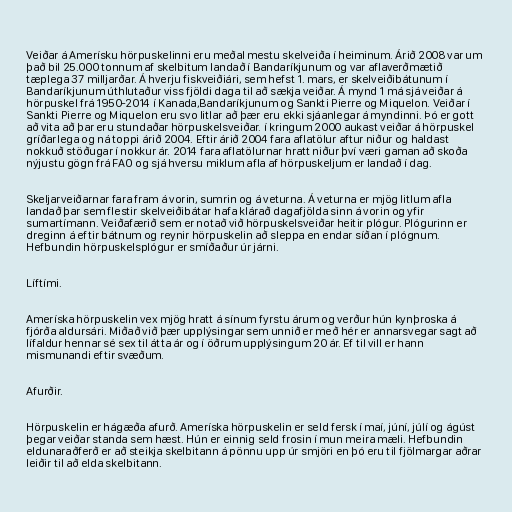
Veiðar á Amerísku hörpuskelinni eru meðal mestu skelveiða í heiminum. Árið 2008 var um
það bil 25.000 tonnum af skelbitum landað í Bandaríkjunum og var aflaverðmætið
tæplega 37 milljarðar. Á hverju fiskveiðiári, sem hefst 1. mars, er skelveiðibátunum í
Bandaríkjunum úthlutaður viss fjöldi daga til að sækja veiðar. Á mynd 1 má sjá veiðar á
hörpuskel frá 1950-2014 í Kanada,Bandaríkjunum og Sankti Pierre og Miquelon. Veiðar í
Sankti Pierre og Miquelon eru svo litlar að þær eru ekki sjáanlegar á myndinni. Þó er gott
að vita að þar eru stundaðar hörpuskelsveiðar. í kringum 2000 aukast veiðar á hörpuskel
gríðarlega og ná toppi árið 2004. Eftir árið 2004 fara aflatölur aftur niður og haldast
nokkuð stöðugar í nokkur ár. 2014 fara aflatölurnar hratt niður því væri gaman að skoða
nýjustu gögn frá FAO og sjá hversu miklum afla af hörpuskeljum er landað í dag.

Skeljarveiðarnar fara fram á vorin, sumrin og á veturna. Á veturna er mjög litlum afla
landað þar sem flestir skelveiðibátar hafa klárað dagafjölda sinn á vorin og yfir
sumartímann. Veiðafærið sem er notað við hörpuskelsveiðar heitir plógur. Plógurinn er
dreginn á eftir bátnum og reynir hörpuskelin að sleppa en endar síðan í plógnum.
Hefbundin hörpuskelsplógur er smíðaður úr járni.

Líftími.

Ameríska hörpuskelin vex mjög hratt á sínum fyrstu árum og verður hún kynþroska á
fjórða aldursári. Miðað við þær upplýsingar sem unnið er með hér er annarsvegar sagt að
lífaldur hennar sé sex til átta ár og í öðrum upplýsingum 20 ár. Ef til vill er hann
mismunandi eftir svæðum.

Afurðir.

Hörpuskelin er hágæða afurð. Ameríska hörpuskelin er seld fersk í maí, júní, júlí og ágúst
þegar veiðar standa sem hæst. Hún er einnig seld frosin í mun meira mæli. Hefbundin
eldunaraðferð er að steikja skelbitann á pönnu upp úr smjöri en þó eru til fjölmargar aðrar
leiðir til að elda skelbitann.